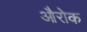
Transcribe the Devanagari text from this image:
औरोक